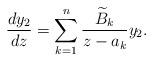
LaTeX: \begin{gather*}\frac{dy_2}{dz}=\sum\limits_{k=1}^n \frac{\widetilde{B}_k}{z-a_k}y_2.\end{gather*}